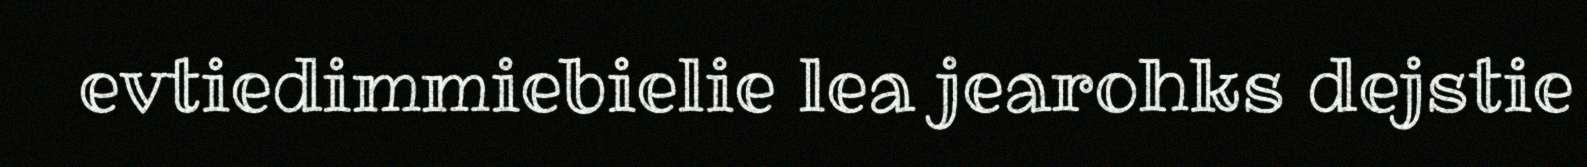
evtiedimmiebielie lea jearohks dejstie